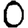
Digit: 0